Jaan_Tonisson_(Lasteleht), lk 113
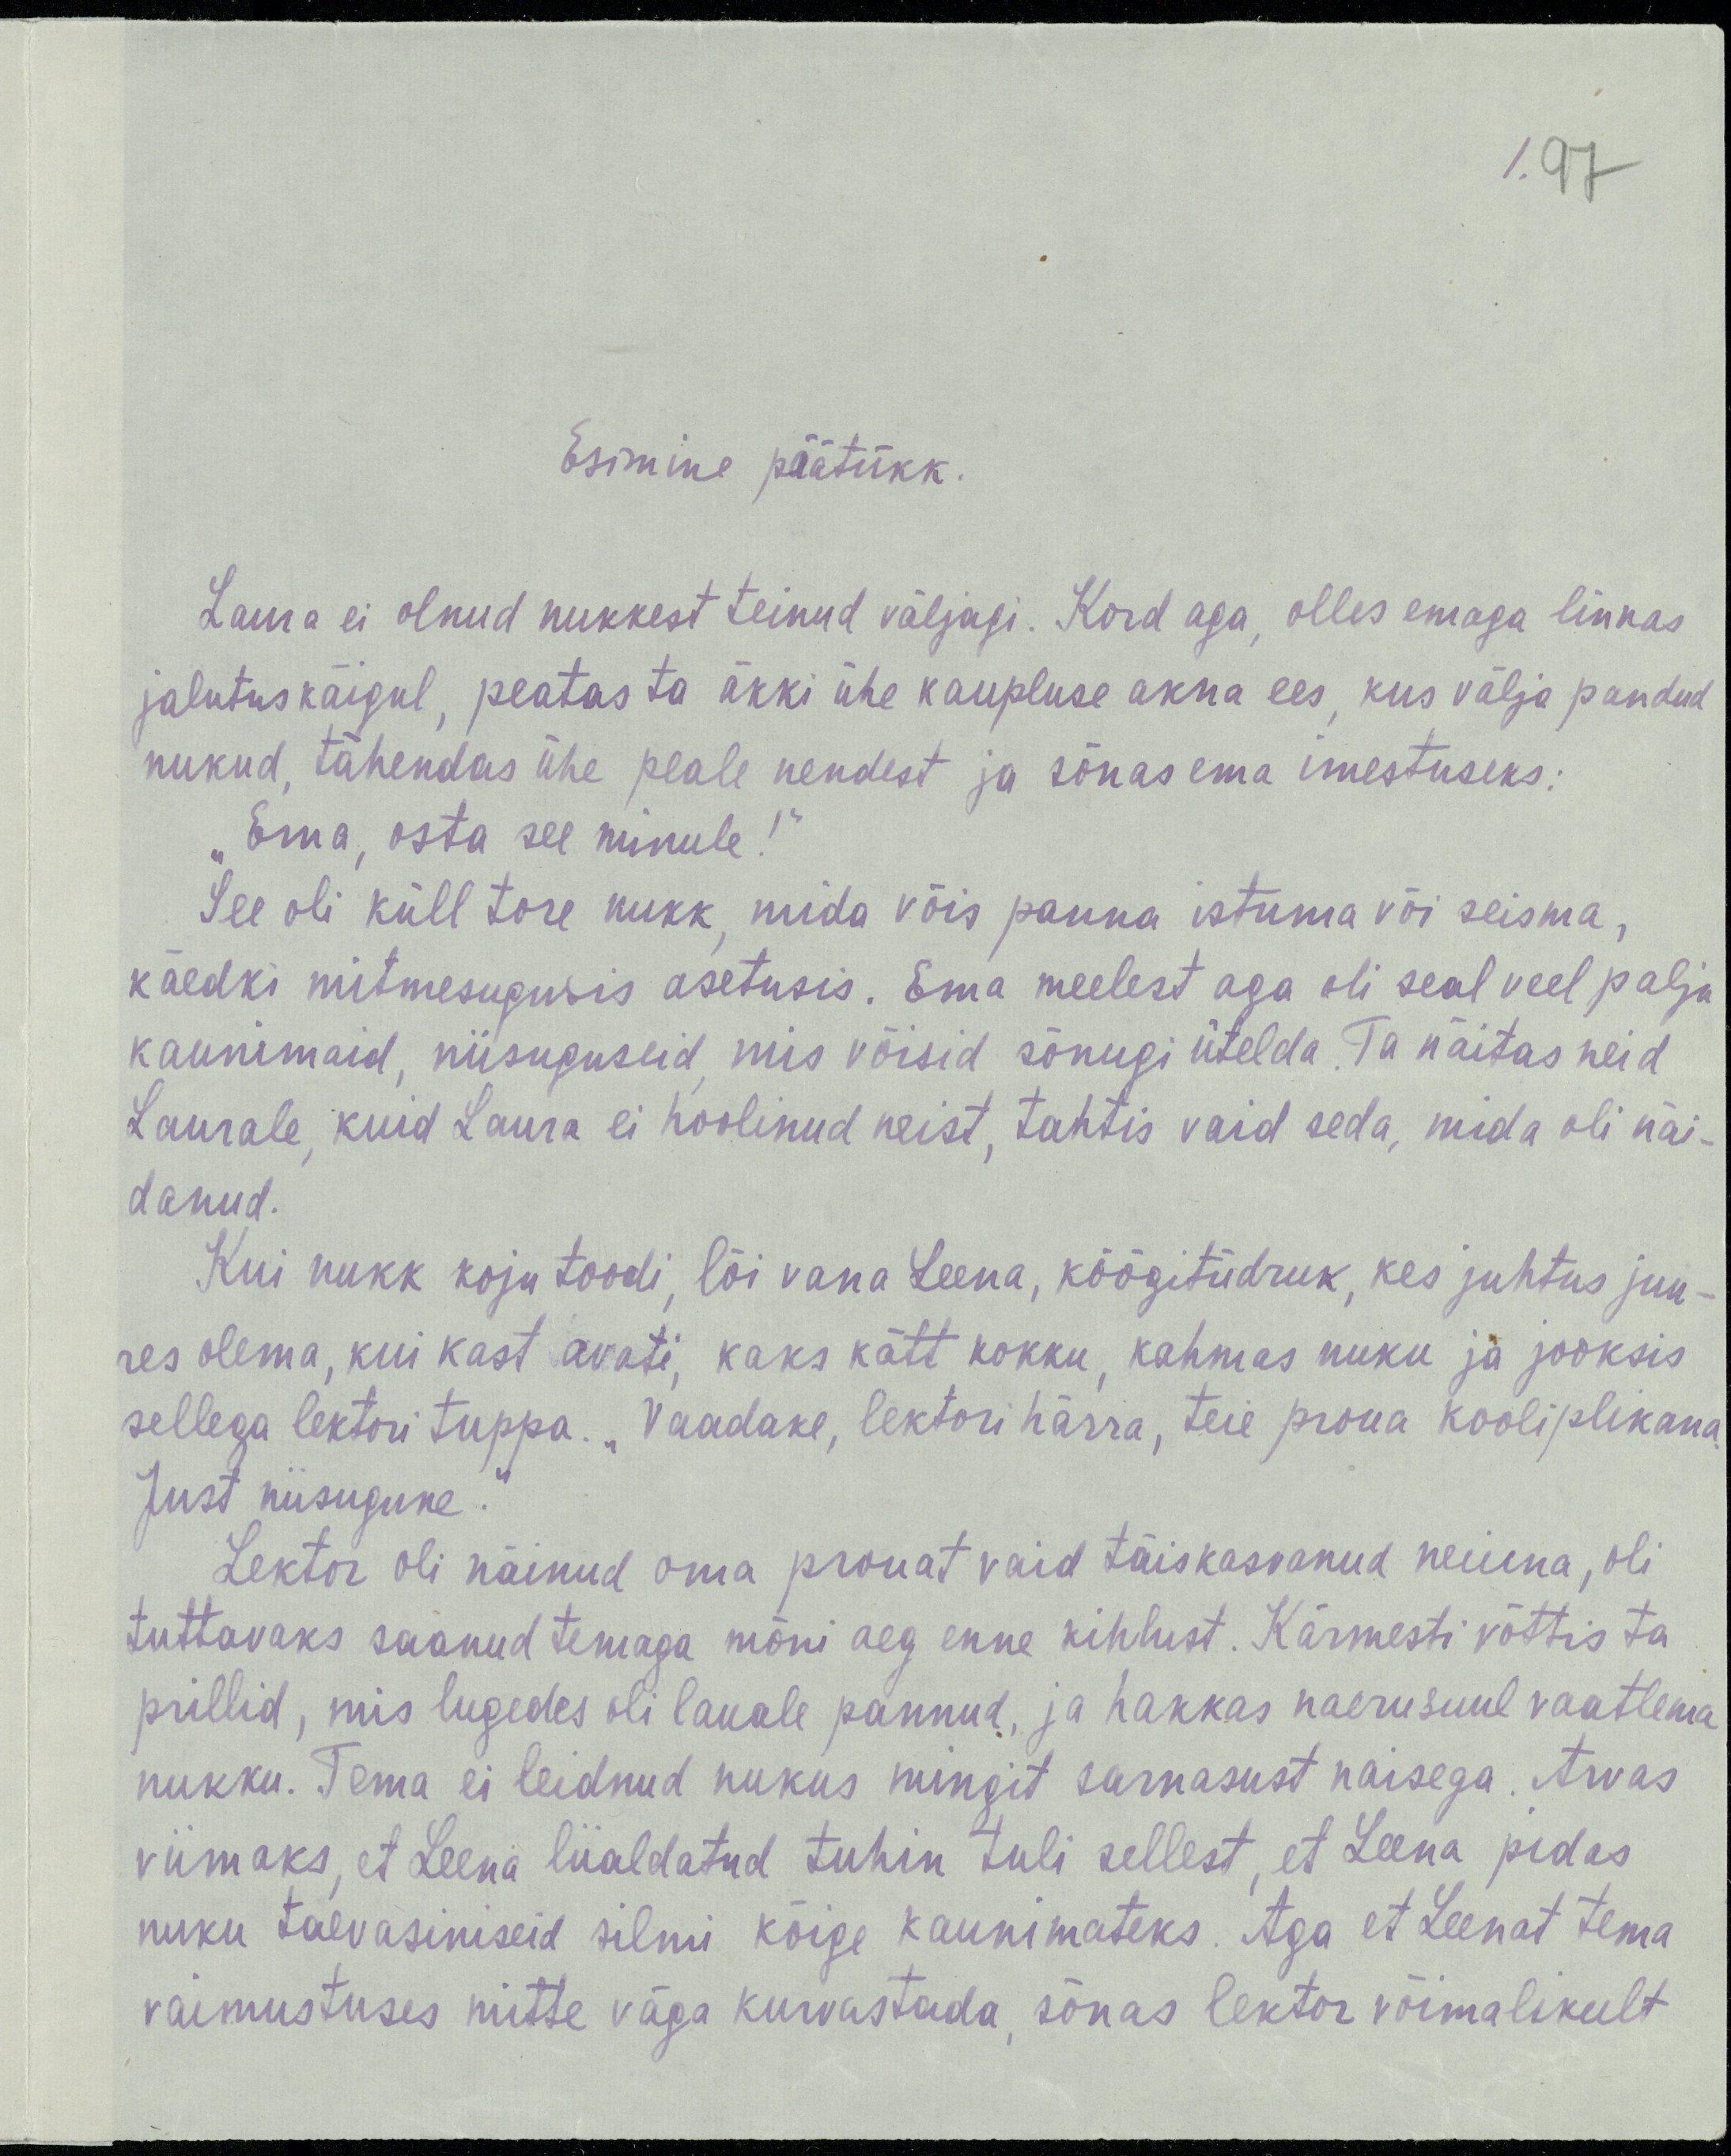
/.97
Esimine päätükk.
Laura ei olnud nukkest teinud väljagi. Kord aga, olles emaga linnas 
jalutuskäigul, peatas ta äkki ühe kaupluse akna ees, kus välja pandud
nukud, tähendas ühe peale nendest ja sõnas ema imestuseks:
„Ema, osta see minule!“ 
See oli küll tore nukk, mida võis panna istuma või seisma,
käedki mitmesugusis asetusis. Ema meelest aga oli seal veel palju
kaunimaid, niisuguseid, mis võisid sõnugi ütelda. Ta näitas neid
Laurale, kuid Laura ei hoolinud neist, tahtis vaid seda, mida oli näi-
danud.
Kui nukk koju toodi, lõi vana Leena, köögitüdruk, kes juhtus juu-
res olema, kui kast avati, kaks kätt kokku, kahmas nuku ja jooksis
sellega lektori tuppa. „Vaadake, lektori härra, teie proua kooliplikana.
Just niisugune.“
Lektor oli näinud oma prouat vaid täiskasvanud neiuna, oli
tuttavaks saanud temaga mõni aeg enne kihlust. Kärmesti võttis ta
prillid, mis lugedes oli lauale pannud, ja hakkas naerusuul vaatlema
nukku. Tema ei leidnud nukus mingit sarnasust naisega. Arvas
viimaks, et Leena liialdatud tuhin tuli sellest, et Leena pidas
nuku taevasiniseid silmi kõige kaunimateks. Aga et Leenat tema
vaimustuses mitte väga kurvastada, sõnas lektor võimalikult